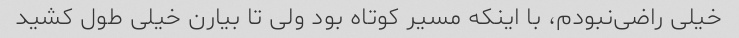
خیلی راضی‌نبودم، با اینکه مسیر کوتاه بود ولی تا بیارن خیلی طول کشید